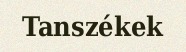
Tanszékek